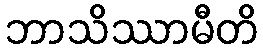
ဘာသိဿာမီတိ